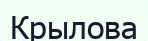
Крылова